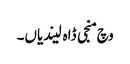
وچ منجی ڈاہ لیندیاں۔